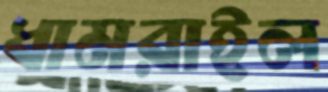
ধামরাইল